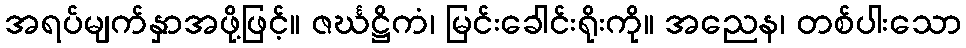
အရပ်မျက်နှာအဖို့ဖြင့်။ ဇင်္ဃဋ္ဌိကံ၊ မြင်းခေါင်းရိုးကို။ အညေန၊ တစ်ပါးသော